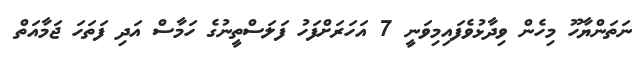
ނަތަންޔާހޫ މިހެން ވިދާޅުވެފައިމިވަނީ 7 އަހަރަށްފަހު ފަލަސްތީނުގެ ހަމާސް އަދި ފަތަހަ ޖަމާއަތް